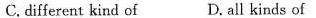
C.different kind of D.all kinds of